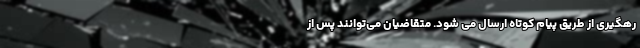
رهگیری از طریق پیام کوتاه ارسال می شود. متقاضیان می‌توانند پس از